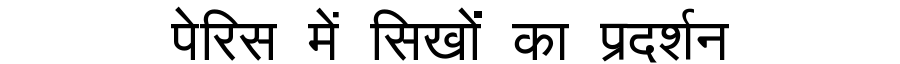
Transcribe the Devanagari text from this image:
पेरिस में सिखों का प्रदर्शन